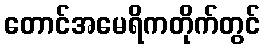
တောင်အမေရိကတိုက်တွင်